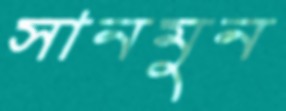
সানমুন